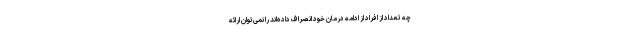
چه تعداد از افراد از ادامه درمان خود انصراف داده‌اند را نمی‌توان ارائه